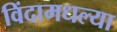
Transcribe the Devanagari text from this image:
विंदामधल्या